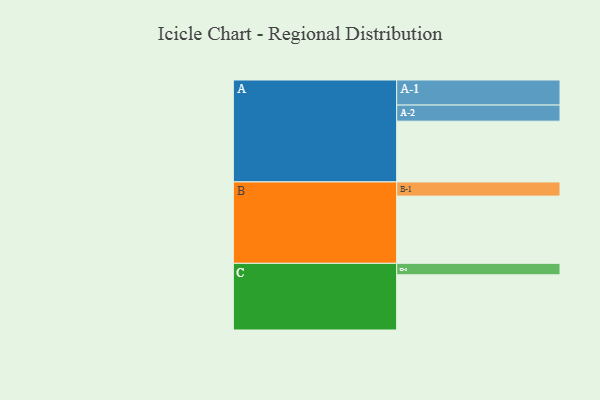
{"axis": {"x": "Segment", "y": "Value"}, "legend": ["", "A", "B", "C"], "data": [{"x": "A", "y": 441, "type": ""}, {"x": "B", "y": 488, "type": ""}, {"x": "C", "y": 401, "type": ""}, {"x": "A-1", "y": 182, "type": "A"}, {"x": "A-2", "y": 117, "type": "A"}, {"x": "B-1", "y": 103, "type": "B"}, {"x": "C-1", "y": 83, "type": "C"}]}